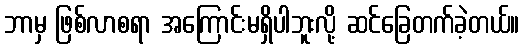
ဘာမှ ဖြစ်လာစရာ အကြောင်းမရှိပါဘူးလို့ ဆင်ခြေတက်ခဲ့တယ်။